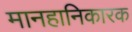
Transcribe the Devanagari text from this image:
मानहानिकारक